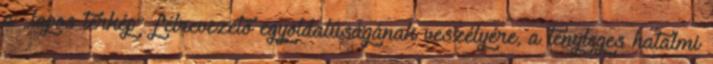
a „lapos térkép” félrevezető egyoldalúságának veszélyére, a tényleges hatalmi